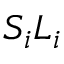
S _ { i } L _ { i }